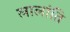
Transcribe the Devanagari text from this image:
लालांति